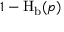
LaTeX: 1 - \operatorname { H } _ { \mathrm { b } } ( p )